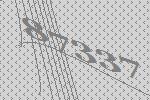
87337